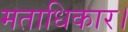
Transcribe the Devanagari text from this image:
मताधिकार।